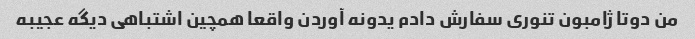
من دوتا ژامبون تنوری سفارش دادم یدونه آوردن واقعا همچین اشتباهی دیگه عجیبه